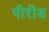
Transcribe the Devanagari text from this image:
पीरीड